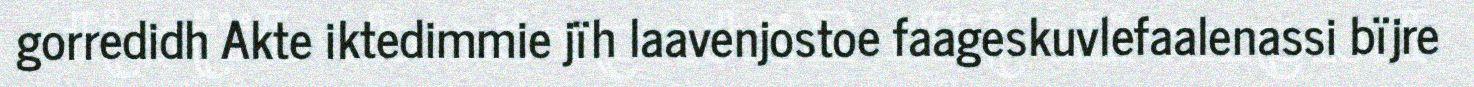
gorredidh Akte iktedimmie jïh laavenjostoe faageskuvlefaalenassi bïjre